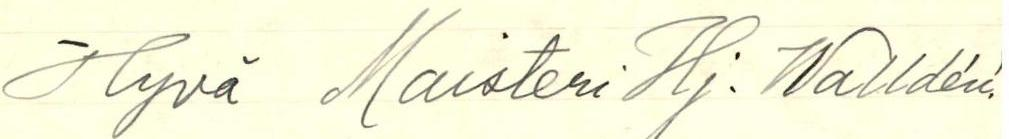
Hyvä Maisteri Hj. Walldén